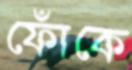
ফোঁকে